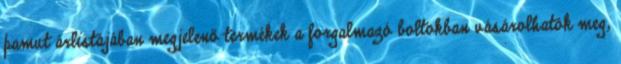
pamut árlistájában megjelenő termékek a forgalmazó boltokban vásárolhatók meg,